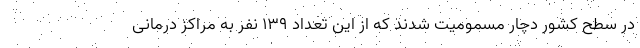
در سطح کشور دچار مسمومیت شدند که از این تعداد ١٣٩ نفر به مراکز درمانی